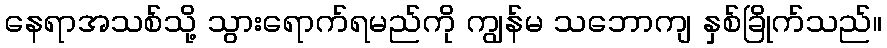
နေရာအသစ်သို့ သွားရောက်ရမည်ကို ကျွန်မ သဘောကျ နှစ်ခြိုက်သည်။